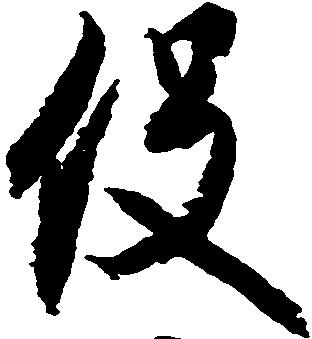
役